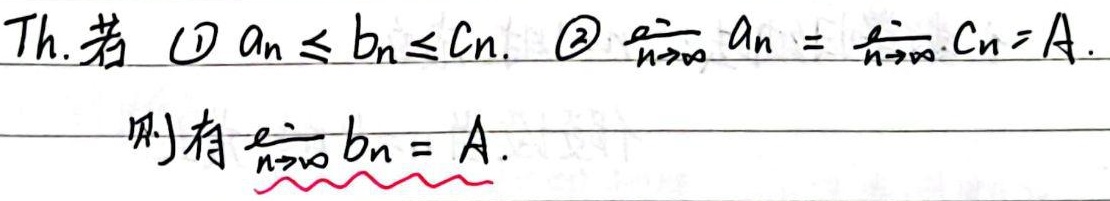
定理：若
\textcircled{1} \(a_{n} \leq b_{n}\leq c_{n}\)；
\textcircled{2} \(\lim_{n \to \infty} a_{n} = \lim_{n \to \infty} c_{n}=A\)，
则有 \(\lim_{n \to \infty} b_{n} = A\)。